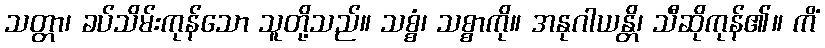
သတ္တာ၊ ခပ်သိမ်းကုန်သော သူတို့သည်။ သစ္စံ၊ သစ္စာကို။ အနုဂါယန္တိ၊ သီဆိုကုန်၏။ ကိံ